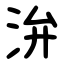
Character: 㳎